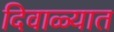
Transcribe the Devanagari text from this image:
दिवाळ्यात